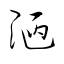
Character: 陋